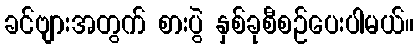
ခင်ဗျားအတွက် စားပွဲ နှစ်ခုစီစဉ်ပေးပါမယ်။